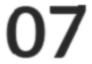
07